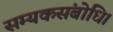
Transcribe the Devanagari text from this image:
सम्यकसंबोधि।